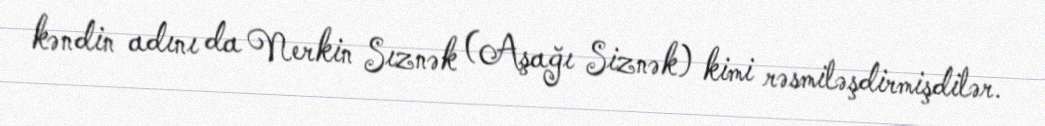
kəndin adını da Nerkin Sıznək (Aşağı Siznək) kimi rəsmiləşdirmişdilər.